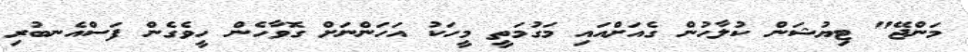
މަންޖޭ" ޓިޔުޝަން ކުލާހުން ގެއަށްއައި މަގުމަތީ މީހަކު އަހަންނަށް ގޮވާހެން ހީވެގެން ފަސްއެނބުރި